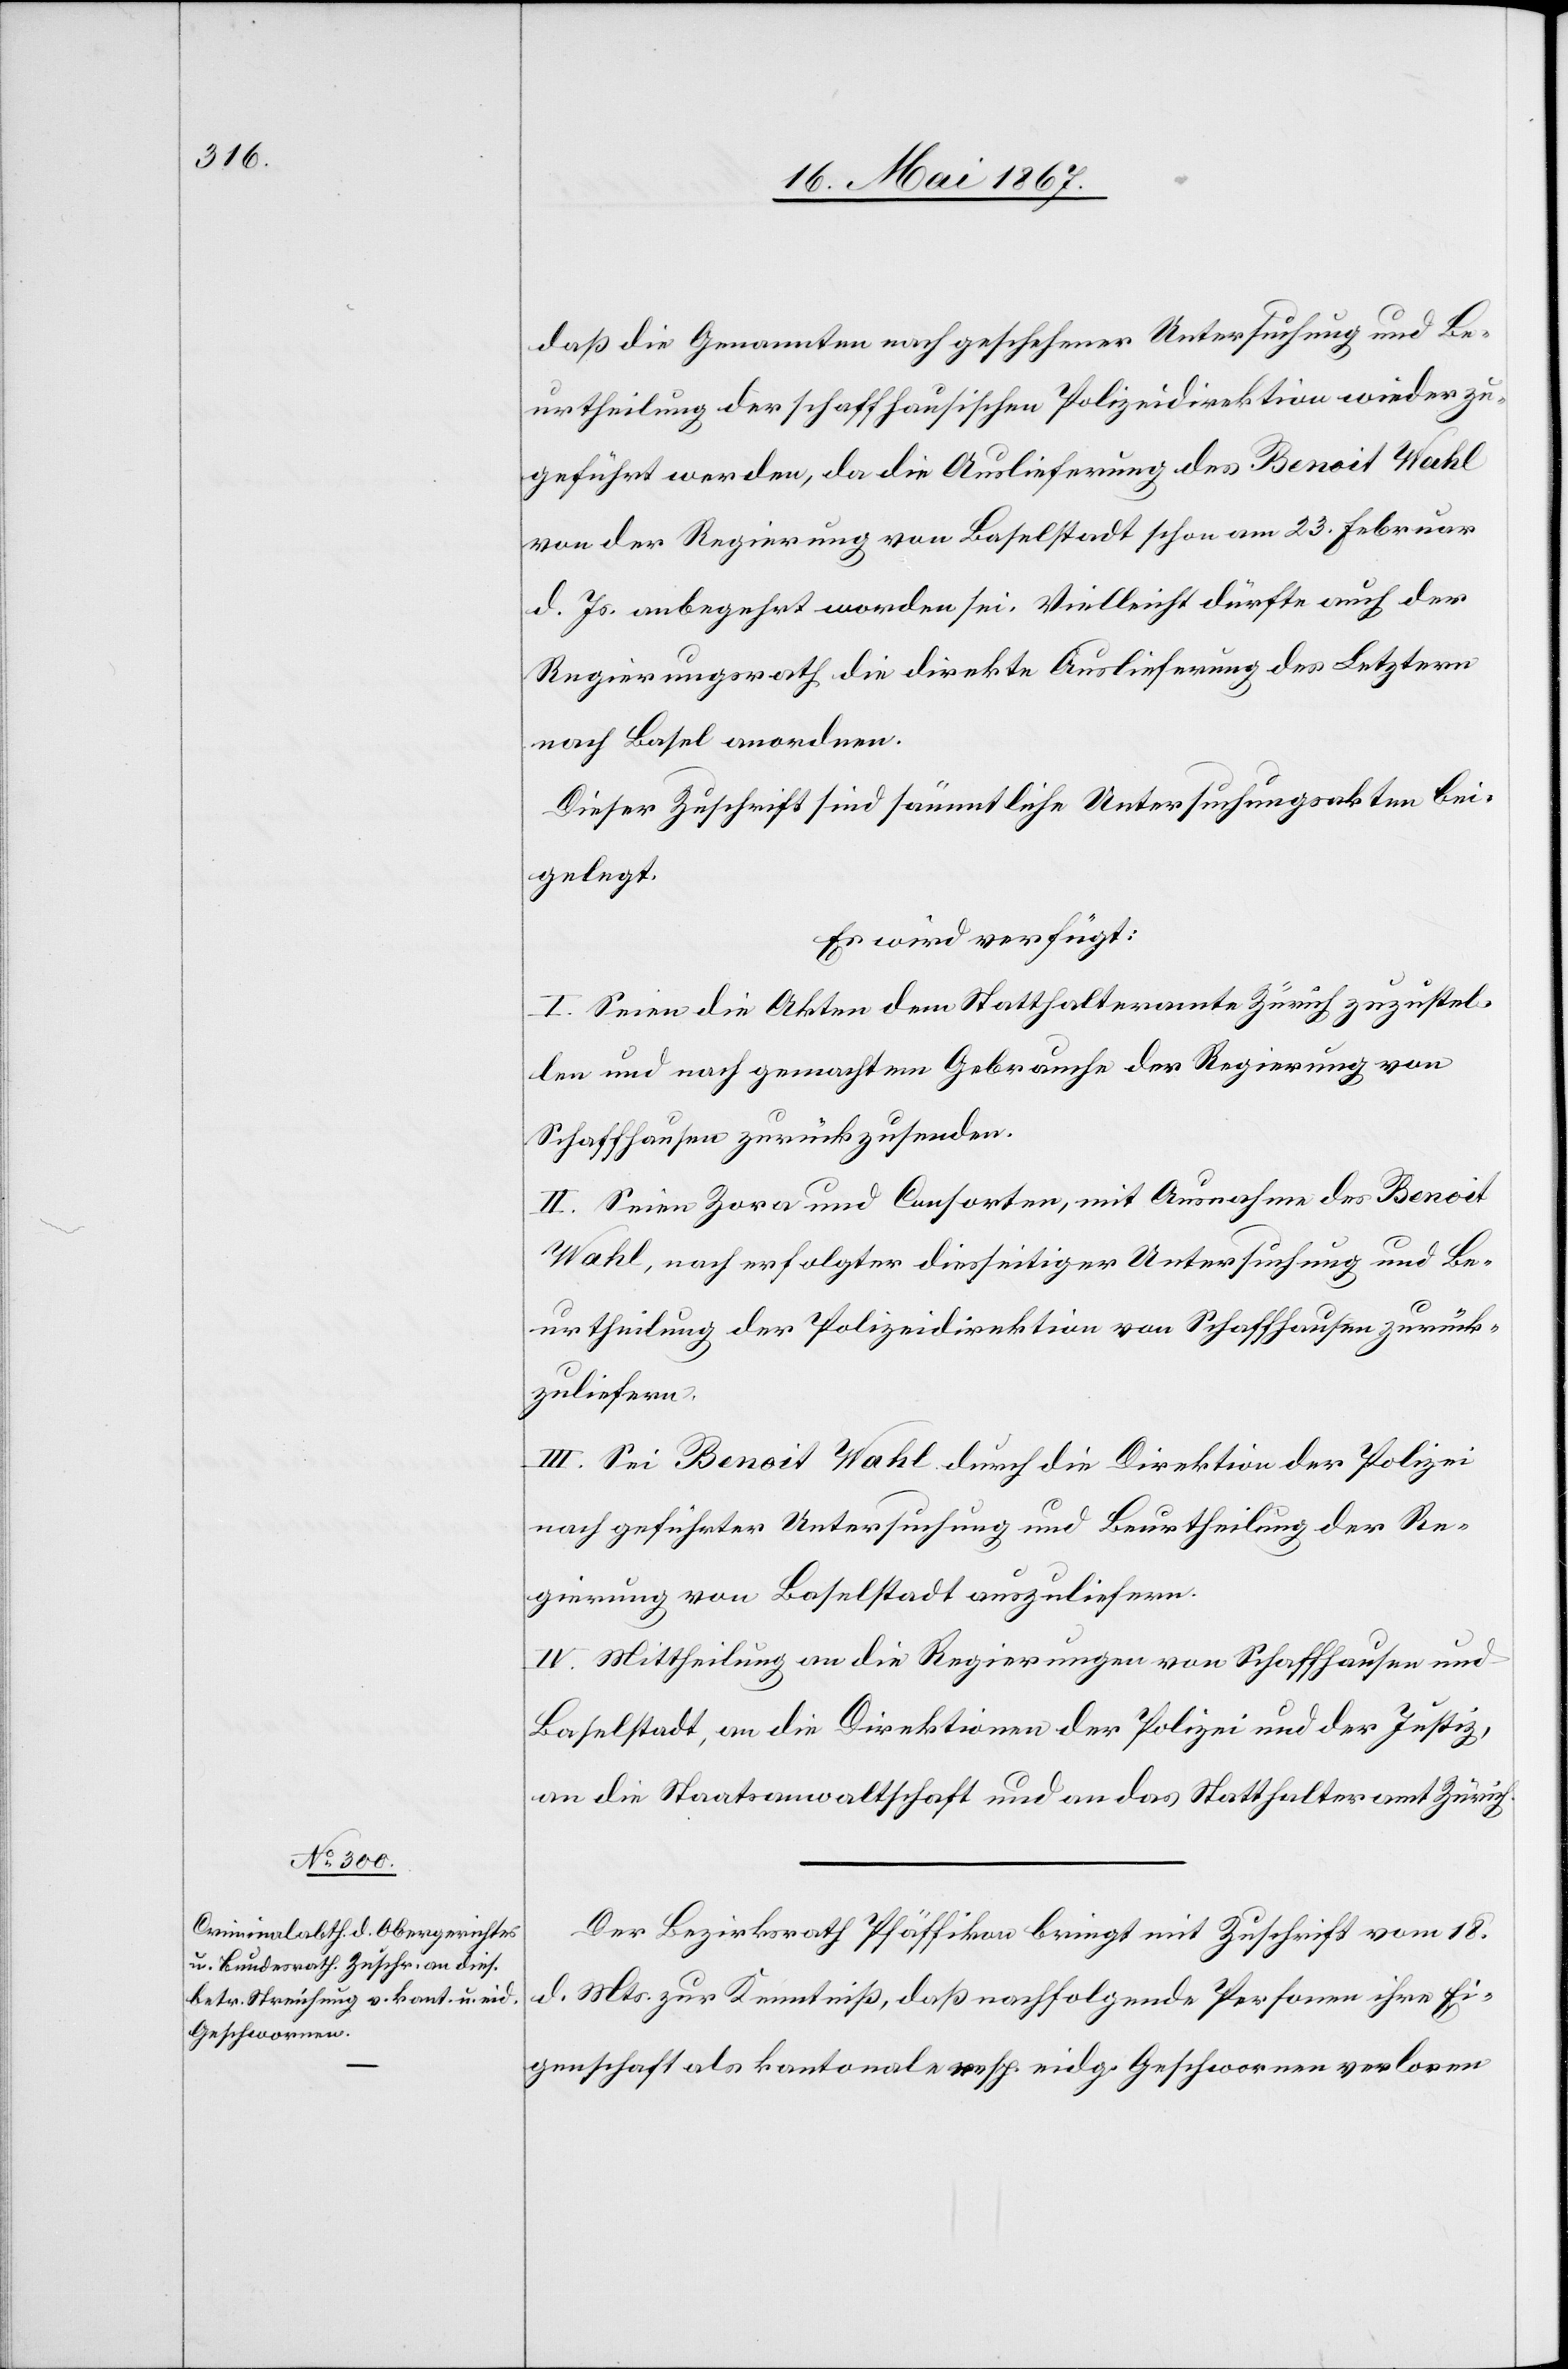
21. Mai 1867.]
daß die Genannten nach geschehener Untersuchung und Be¬
urtheilung der schaffhausischen Polizeidirektion wieder zu¬
geführt werden, da die Auslieferung des Benoit Wahl
von der Regierung von Baselstadt schon am 23. Februar
d. Js. anbegehrt worden sei. Vielleicht dürfte auch der
Regierungsrath die direkte Auslieferung des Letztern
nach Basel anordnen.
Dieser Zuschrift sind sämmtliche Untersuchungsakten bei¬
gelegt.
Es wird verfügt:
I. Seien die Akten dem Statthalteramte Zürich zuzustel¬
len und nach gemachtem Gebrauche der Regierung von
Schaffhausen zurückzusenden.
II. Seien Zara und Consorten, mit Ausnahme des Benoit
Wahl, nach erfolgter diesseitiger Untersuchung und Be¬
urtheilung der Polizeidirektion von Schaffhausen zurück¬
zuliefern.
III. Sei Benoit Wahl durch die Direktion der Polizei
nach geführter Untersuchung und Beurtheilung der Re¬
gierung von Baselstadt auszuliefern.
IV. Mittheilung an die Regierungen von Schaffhausen und
Baselstadt, an die Direktionen der Polizei und der Justiz,
an die Staatsanwaltschaft und an das Statthalteramt Zürich.
Der Bezirksrath Pfäffikon bringt mit Zuschrift vom 18.
d. Mts. zur Kenntniß, daß nachfolgende Personen ihre Ei¬
genschaften als kantonale resp. eidg. Geschworenen verloren